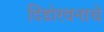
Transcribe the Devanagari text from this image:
दिंडोरवनाचे